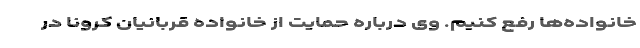
خانواده‌ها رفع کنیم. وی درباره حمایت از خانواده قربانیان کرونا در